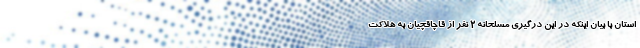
استان با بیان اینکه در این درگیری مسلحانه ۲ نفر از قاچاقچیان به هلاکت